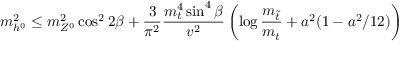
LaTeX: m _ { h ^ { 0 } } ^ { 2 } \leq m _ { Z ^ { 0 } } ^ { 2 } \cos ^ { 2 } 2 \beta + { \frac { 3 } { \pi ^ { 2 } } } { \frac { m _ { t } ^ { 4 } \sin ^ { 4 } \beta } { v ^ { 2 } } } \left( \log { \frac { m _ { \tilde { t } } } { m _ { t } } } + a ^ { 2 } ( 1 - a ^ { 2 } / 1 2 ) \right)